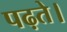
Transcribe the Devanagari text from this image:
पढ़ते।